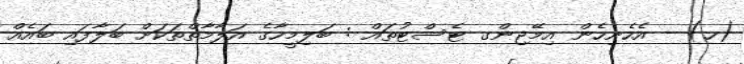
(ހ) - އެހެނިހެން އިމޭޖިންގ ޓެސްޓުތައް : ބަލިމީހާގެ އަލާމާތްތަކަށް ބަލާފައި ބައެއް